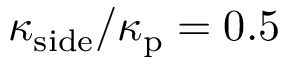
\kappa _ { \mathrm { s i d e } } / \kappa _ { \mathrm { p } } = 0 . 5